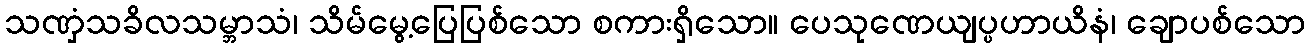
သဏှံသခိလသမ္ဘာသံ၊ သိမ်မွေ့ပြေပြစ်သော စကားရှိသော။ ပေသုဏေယျပ္ပဟာယိနံ၊ ချောပစ်သော